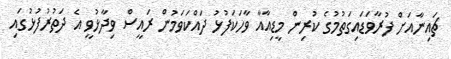
ޗައިނާއަށް ފުރާވަޑައިގަތުމުގެ ކުރިން މީޑިއާއާ ވާހަކަފުޅު ދައްކަވަމުން ރައީސް ވިދާޅުވީ އެ ދަތުރުފުޅުގައި